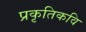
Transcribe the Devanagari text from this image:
प्रकृतिकवि